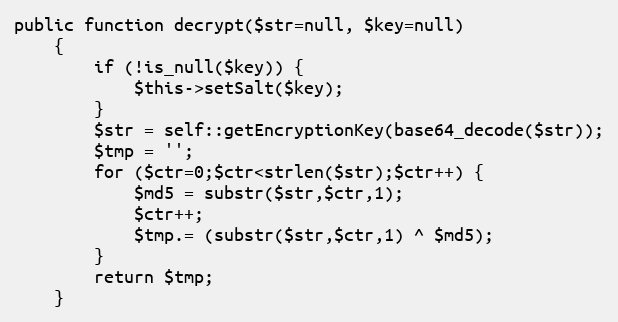
Language: PHP
public function decrypt($str=null, $key=null)
    {
        if (!is_null($key)) {
            $this->setSalt($key);
        }
        $str = self::getEncryptionKey(base64_decode($str));
        $tmp = '';
        for ($ctr=0;$ctr<strlen($str);$ctr++) {
            $md5 = substr($str,$ctr,1);
            $ctr++;
            $tmp.= (substr($str,$ctr,1) ^ $md5);
        }
        return $tmp;
    }